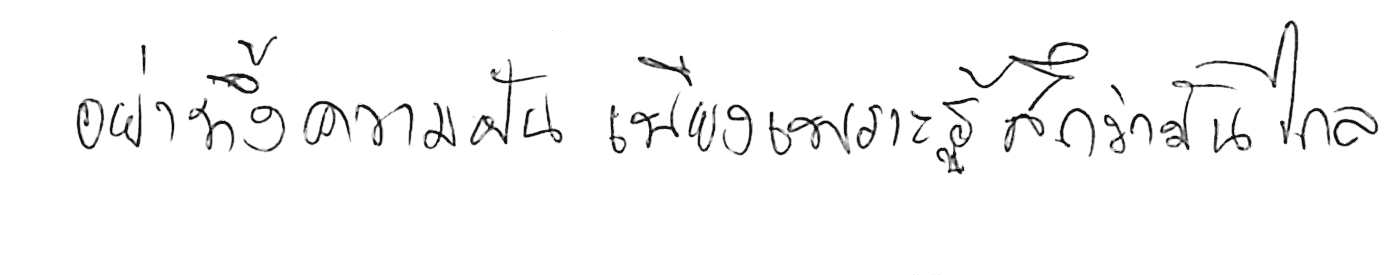
อย่าทิ้งความฝัน เพียงเพราะรู้สึกว่ามันไกล